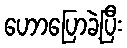
ဟောပြောခဲ့ပြီး